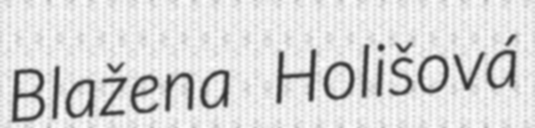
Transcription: Blažena Holišová